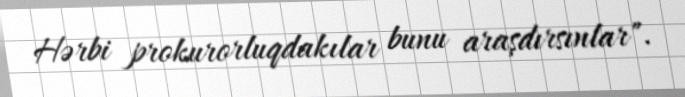
Hərbi prokurorluqdakılar bunu araşdırsınlar".